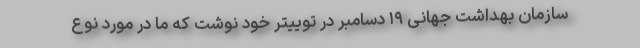
سازمان بهداشت جهانی ۱۹ دسامبر در توییتر خود نوشت که ما در مورد نوع